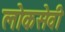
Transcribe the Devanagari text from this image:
लोकसेवी